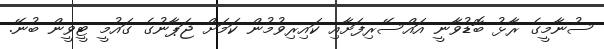
ސުނާމީގެ ރާޅު ބޮޑުވާނީ އައްސޭރިފަށާއި ކައިރިވުމުން ކަމަށް ޖަޕާނުގެ ގައުމީ ޓީވީން ބުނޭ.